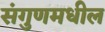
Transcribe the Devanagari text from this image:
संगुणमधील